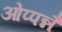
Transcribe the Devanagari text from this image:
ओप्पन्नै